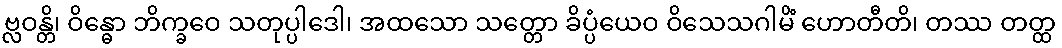
ဗ္လဝန္တိ၊ ဝိန္ဓော ဘိက္ခဝေ သတုပ္ပါဒေါ၊ အထသော သတ္တော ခိပ္ပံယေဝ ဝိသေသဂါမိံ ဟောတီတိ၊ တဿ တတ္ထ